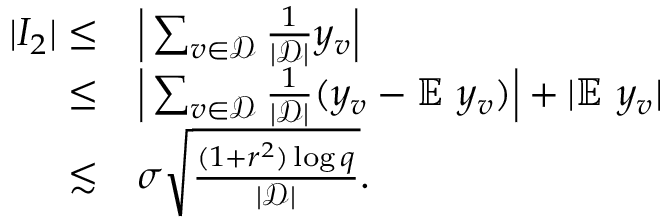
\begin{array} { r l } { | I _ { 2 } | \le } & { \Big | \sum _ { v \in \mathcal { D } } \frac { 1 } { | \mathcal { D } | } y _ { v } \Big | } \\ { \le } & { \Big | \sum _ { v \in \mathcal { D } } \frac { 1 } { | \mathcal { D } | } ( y _ { v } - \mathbb { E } ~ y _ { v } ) \Big | + | \mathbb { E } ~ y _ { v } | } \\ { \lesssim } & { \sigma \sqrt { \frac { ( 1 + r ^ { 2 } ) \log q } { | \mathcal { D } | } } . } \end{array}